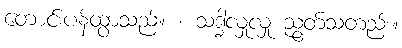
တောင်းပန်ထွာသည်။ ။ သဒ္ဓါလှုလှု ညွတ်သတည်း။